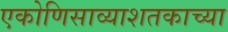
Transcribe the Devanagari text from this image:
एकोणिसाव्याशतकाच्या